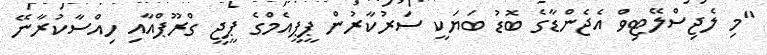
"މި ލެޖިސްލޭޓިވް އެޖެންޑާގެ ބޮޑު ބަޔަކީ ސަރުކާރުން ޕީޕީއެމްގެ ޕީޖީ ގްރޫޕްއާއި ހިއްސާކުރާނޭ